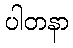
ပါတနာ